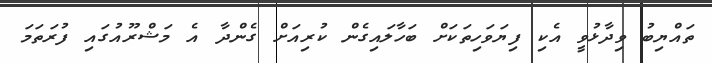
ތައްޔިބު ވިދާޅުވީ އެކި ފިޔަވަހިތަކަށް ބަހާލައިގެން ކުރިއަށް ގެންދާ އެ މަޝްރޫއުގައި ފުރަތަމަ